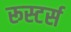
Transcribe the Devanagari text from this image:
रूस्टर्स